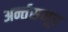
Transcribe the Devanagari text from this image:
अर्न्तसमूह